Calcutta medical institutions reports 1892-1900
Year: 1892
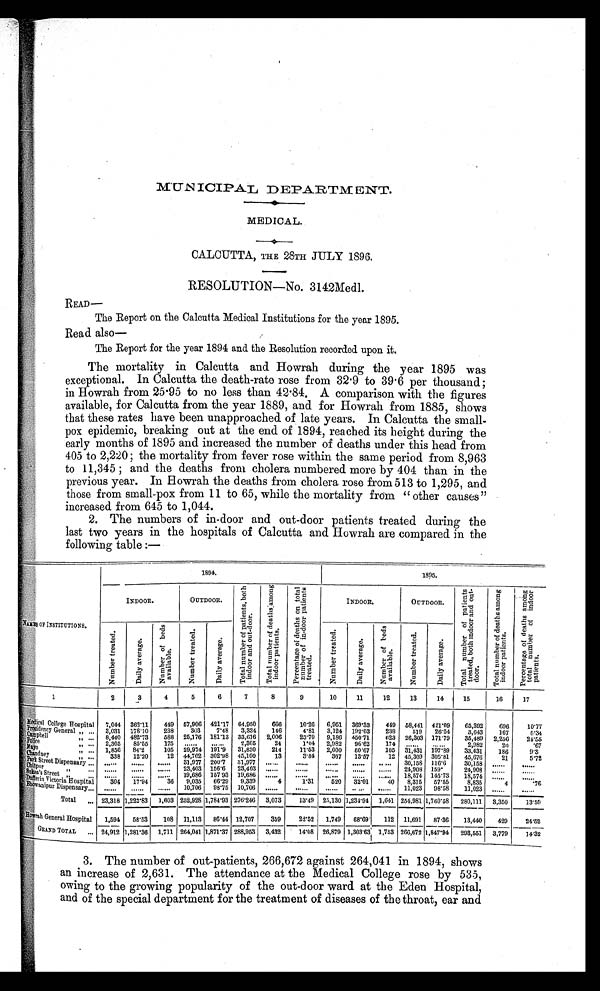
MUNICIPAL DEPARTMENT.
MEDICAL.
CALCUTTA, THE 28TH JULY 1896.
RESOLUTION—No. 3142Med1.
READ—
The Report on the Calcutta Medical Institutions for the year 1895.
Read also —
The Report for the year 1894 and the Resolution recorded upon it.
The mortality in Calcutta and Howrah during the year 1895 was
exceptional. In Calcutta the death-rate rose from 32.9 to 39.6 per thousand;
in Howrah from 25.95 to no less than 42.84, A comparison with the figures
available, for Calcutta from the year 1889, and for Howrah from 1885, shows
that these rates have been unapproached of late years. In Calcutta the small-
pox epidemic, breaking out at the end of 1894, reached its height during the
early months of 1895 and increased the number of deaths under this head from
405 to 2,220; the mortality from fever rose within the same period from 8,963
to 11,345; and the deaths front cholera numbered more by 404 than in the
previous year. In Howrah the deaths from cholera rose from 513 to 1,295, and
those from small-pox from 11 to 65, while the mortality from "other causes"
increased from 645 to 1,044.
2. The numbers of in-door and out-door patients treated during the
last two years in the hospitals of Calcutta and Howrah are compared in the
following table:—
NAMES OF I NSTI TUTI ONS.
1894.
1 8 9 5 .
INDOOR.
OUTDOOR.
T o t a l n u m b e r o f p a t i e n t s , b o t h i n d o o r a n d o u t - d o o r . T o t a l n u m b e r o f d e a t h s a m o n g i n d o o r p a t i e n t s . P e r c e n t a g e o f d e a t h s o n t o t a l n u m b e r o f i n - d o o r p a t i e n t s t r e a t e d .
INDOOR.
OUTDOOR.
T o t a l n u m b e r o f p a t i e n t s t r e a t e d , b o t h i n d o o r a n d o u t - d o o r p a t i e n t s . T o t a l n u m b e r o f d e a t h s a m o n g i n d o o r p a t i e n t s . P e r c e n t a g e o f d e a t h s a m o n g t o t a l n u m b e r o f i n d o o r p a t i e n t s .
N u m b e r T r e a t e d . D a i l y a v e r a g e .
N u m b e r o f b e d s a v a i l a b l e . N u m b e r t r e a t e d . D a i l y a v e r a g e .
N u m b e r t r e a t e d . D a i l y a v e r a g e .
N u m b e r o f b e d s a v a l i b l e . N u m b e r t r e a t e d .
D a i l y a v e r a g e .
1
2 3 4 5 6 7 8 9 10 11 12 13 14 15 16 17
M e d i c a l C o l l e g e H o s p i t a l 7044 362. 11 449
5 7 , 9 0 6 421. 17 64, 950 666 10. 26 6, 951 369. 33 449 58, 441 421. 09 65, 392 696 1 0 . 7 7
P r e s i d e n c y G e n e r a l 3, 031 178. 10 238 303 7. 48 3, 334 146 4. 81 3, 124 192. 03 238 519 26. 54 3, 643 167 5 . 3 4
Campbel l
8, 440 482. 73 588 25, 176 181. 13 33, 616 2, 006 23. 70 9, 186 450. 71 6 2 3 26, 303 171. 79 35, 489 2, 256 2 4 . 5 5
Pol i ce
2, 305 85. 55 175
2, 305 24 1.04 2, 982 96. 62 174
2, 982 20 . 67
1, 856 84. 2 105 29, 974 191. 9 31, 830 214
1 1 . 5 3 2, 000 60' 67 105 31, 431 197. 89 33, 431 186 9 . 3
Chandney
338 12. 20 12 44, 762 302. 98 45, 100 13 3. 84 367 13. 57 12 45, 309 305. 81 45, 670 21 5 . 7 2
P a r k S t r e e t D i s p e n s a r y
31, 977 200. 7 31, 977
30, 158 116. 6 30, 158
Chi t pur
2 3 , 4 0 3 156. 6 23, 403
24, 908 159. 24, 908
Sukea' s Street
19, 686 157. 93 19. 686
18, 574 145. 73 18, 574
D u f f e r i n V i c t o r i a H o s p i t a l 304 17. 94 36 9, 035 66. 29 9, 339 4 1. 31 520 32. 01 40 8, 315 57. 55 8, 835 4 .76
B h o w a n i p u r D i s p e n s a r y
10, 706 98. 75 10, 706
11, 023 9 8 . 5 8 11, 023
Total 23, 318 1 , 2 2 2 . 8 3 1, 603 252, 928 1, 784. 93 276. 246 3, 073 13. 49 25, 130 1, 234. 94 1, 641 254, 981 1, 760. 58 280, 111 3, 350 1 3 . 5 9
H o w r a h G e n e r a l H o s p i t a l 1, 594 5 8 . 5 3 108 11, 113 86. 44 12, 707 359 22. 52 1, 749 68. 69 112 11, 691 87. 36 13, 440 429 2 4 . 5 2
G R A N D T O T A L 2 4 , 9 1 2 1, 281. 36 1, 711 264, 041 1, 871. 37 288, 953 3, 432 14. 08 26, 879 1, 303. 63 1, 753 266, 672 1, 847. 94 293, 551 3, 779 1 4 . 3 2
3. The number of out-patients, 266,672 against 264,041 in 1894, shows
an increase of 2,631. The attendance at the Medical College rose by 535,
owing to the growing popularity of the out-door ward at the Eden Hospital,
and of the special department for the treatment of diseases of the throat, ear and